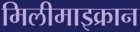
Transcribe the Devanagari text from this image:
मिलीमाइक्रान